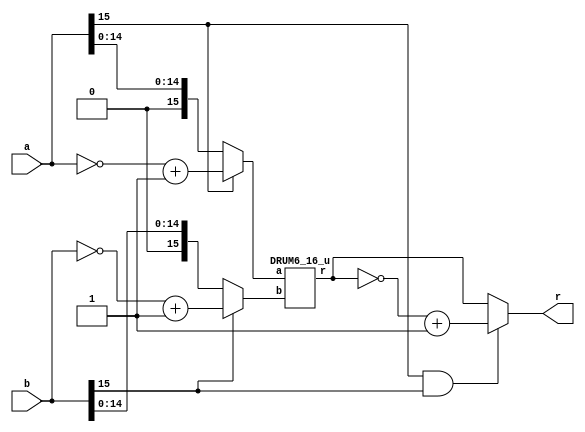
/*
Copyright (c) 2015 Soheil Hashemi (soheil_hashemi@brown.edu)

Permission is hereby granted, free of charge, to any person
obtaining a copy of this software and associated documentation
files (the "Software"), to deal in the Software without
restriction, including without limitation the rights to use,
copy, modify, merge, publish, distribute, sublicense, and/or sell
copies of the Software, and to permit persons to whom the
Software is furnished to do so, subject to the following
conditions:

The above copyright notice and this permission notice shall be
included in all copies or substantial portions of the Software.

THE SOFTWARE IS PROVIDED "AS IS", WITHOUT WARRANTY OF ANY KIND,
EXPRESS OR IMPLIED, INCLUDING BUT NOT LIMITED TO THE WARRANTIES
OF MERCHANTABILITY, FITNESS FOR A PARTICULAR PURPOSE AND
NONINFRINGEMENT. IN NO EVENT SHALL THE AUTHORS OR COPYRIGHT
HOLDERS BE LIABLE FOR ANY CLAIM, DAMAGES OR OTHER LIABILITY,
WHETHER IN AN ACTION OF CONTRACT, TORT OR OTHERWISE, ARISING
FROM, OUT OF OR IN CONNECTION WITH THE SOFTWARE OR THE USE OR
OTHER DEALINGS IN THE SOFTWARE.

Approximate Multiplier Design Details Provided in:
Soheil Hashemi, R. Iris Bahar, and Sherief Reda, "DRUM: A Dynamic
Range Unbiased Multiplier for Approximate Applications" In
Proceedings of the IEEE/ACM International Conference on
Computer-Aided Design (ICCAD). 2015. 

*/

module DRUM6_16_s(a, b, r);

input [15:0] a,b;
output [31:0] r;

wire [15:0] a_temp, b_temp;
wire out_sign;
wire [31:0] r_temp;

assign a_temp=(a[15]==1'b1)? ~a+1'b1:a;
assign b_temp=(b[15]==1'b1)? ~b+1'b1:b;

assign out_sign=a[15]&b[15];

DRUM6_16_u U1 (.a(a_temp), .b(b_temp), .r(r_temp));

assign r=(out_sign)?~r_temp+1'b1:r_temp;

endmodule

//--------------------------DRUM6 MODULE ----------

module DRUM6_16_u(a, b, r);
input [15:0]a,b;
output [31:0]r;

wire [3:0]k1,k2;
wire [3:0]m,n;
wire [15:0]l1,l2;
wire [11:0]tmp;
wire [3:0]p,q;
wire [4:0]sum;
wire [5:0]mm,nn;
LOD u1(.in_a(a),.out_a(l1));
LOD u2(.in_a(b),.out_a(l2));
P_Encoder u3(.in_a(l1), .out_a(k1));
P_Encoder u4(.in_a(l2), .out_a(k2));
Mux_16_3 u5(.in_a(a), .select(k1), .out(m));
Mux_16_3 u6(.in_a(b), .select(k2), .out(n));
assign p=(k1>5)?k1-5:0;
assign q=(k2>5)?k2-5:0;
assign mm=(k1>5)?({1'b1,m,1'b1}):a[5:0];
assign nn=(k2>5)?({1'b1,n,1'b1}):b[5:0];
assign tmp=mm*nn;
assign sum=p+q;

Barrel_Shifter u7(.in_a(tmp), .count(sum), .out_a(r));

endmodule

//------------------------------------------------------------
module LOD (in_a, out_a);
input [15:0]in_a;
output reg [15:0]out_a;

integer k,j;
reg [15:0]w;

always @(*)
    begin
        out_a[15]=in_a[15];
        w[15]=in_a[15]?0:1;
        for (k=14;k>=0;k=k-1)
	        begin
	        w[k]=in_a[k]?0:w[k+1];
	        out_a[k]=w[k+1]&in_a[k];
	        end
	end

endmodule
//--------------------------------
module P_Encoder (in_a, out_a);
input [15:0]in_a;
output reg [3:0]out_a;

always @(*)
begin
	case(in_a)
	16'h0001: out_a=4'h0;
	16'h0002: out_a=4'h1;
	16'h0004: out_a=4'h2;
	16'h0008: out_a=4'h3;
	16'h0010: out_a=4'h4;
	16'h0020: out_a=4'h5;
	16'h0040: out_a=4'h6;
	16'h0080: out_a=4'h7;
	16'h0100: out_a=4'h8;
	16'h0200: out_a=4'h9;
	16'h0400: out_a=4'ha;
	16'h0800: out_a=4'hb;
	16'h1000: out_a=4'hc;
	16'h2000: out_a=4'hd;
	16'h4000: out_a=4'he;
	16'h8000: out_a=4'hf;
	default: out_a=4'h0;
	endcase
end

endmodule
//--------------------------------
module Barrel_Shifter (in_a, count, out_a);
input [4:0]count;
input [11:0]in_a;
output [31:0]out_a;

assign out_a=(in_a<<count);

endmodule
//--------------------------------
module Mux_16_3 (in_a, select, out);
input [3:0]select;
input [15:0]in_a;
output reg [3:0]out;

always @(*)
begin
	case(select)
	4'h6: begin out={in_a[5],in_a[4],in_a[3],in_a[2]}; end
	4'h7: begin out={in_a[6],in_a[5],in_a[4],in_a[3]}; end
	4'h8: begin out={in_a[7],in_a[6],in_a[5],in_a[4]}; end
	4'h9: begin out={in_a[8],in_a[7],in_a[6],in_a[5]}; end
	4'ha: begin out={in_a[9],in_a[8],in_a[7],in_a[6]}; end
	4'hb: begin out={in_a[10],in_a[9],in_a[8],in_a[7]}; end
	4'hc: begin out={in_a[11],in_a[10],in_a[9],in_a[8]}; end
	4'hd: begin out={in_a[12],in_a[11],in_a[10],in_a[9]}; end
	4'he: begin out={in_a[13],in_a[12],in_a[11],in_a[10]}; end
	4'hf: begin out={in_a[14],in_a[13],in_a[12],in_a[11]}; end
	default: begin out=4'b0000; end
	endcase
end

endmodule